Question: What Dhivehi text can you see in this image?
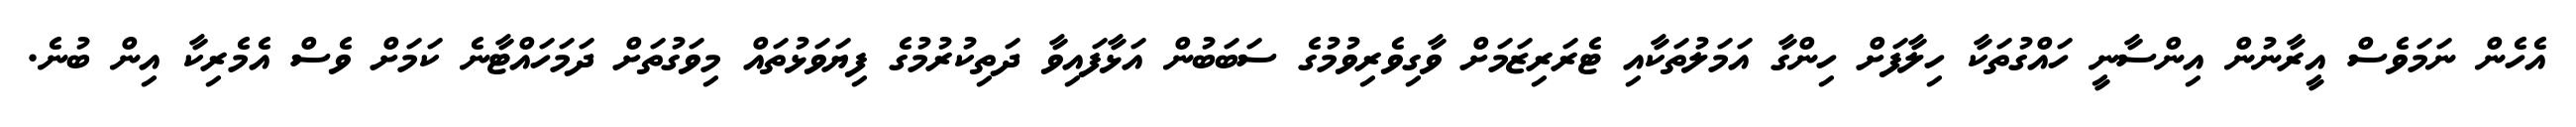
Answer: އެހެން ނަމަވެސް އީރާނުން އިންސާނީ ހައްގުތަކާ ހިލާފަށް ހިންގާ އަމަލުތަކާއި ޓެރަރިޒަމަށް ވާގިވެރިވުމުގެ ސަބަބުން އަޅާފައިވާ ދަތިކުރުމުގެ ފިޔަވަޅުތައް މިވަގުތަށް ދަމަހައްޓާނެ ކަމަށް ވެސް އެމެރިކާ އިން ބުނެ.